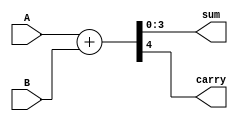
module four_bit_adder (
    input [3:0] A,
    input [3:0] B,
    output [3:0] sum,
    output carry
);

assign {carry, sum} = A + B;

endmodule